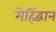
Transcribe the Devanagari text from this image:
मेहिंद्वान